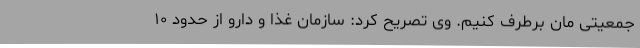
جمعیتی‌ مان برطرف کنیم. وی تصریح کرد: سازمان غذا و دارو از حدود ۱۰